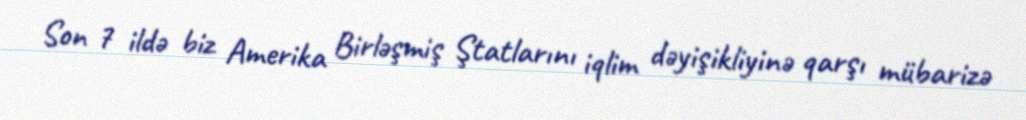
Son 7 ildə biz Amerika Birləşmiş Ştatlarını iqlim dəyişikliyinə qarşı mübarizə